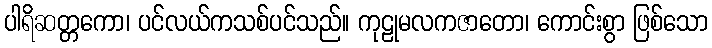
ပါရိဆတ္တကော၊ ပင်လယ်ကသစ်ပင်သည်။ ကုဠုမလကဇာတော၊ ကောင်းစွာ ဖြစ်သော